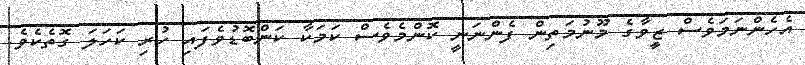
އެހެންނަމަވެސް ޒީވާގެ މޫނުމަތިން ފެންނަނީ ކޮންމެވެސް ކަމަކާ ކަންބޮޑުވެފައި ހުރި ކަހަލަ ގޮތެކެވެ.